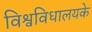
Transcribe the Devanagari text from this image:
विश्वविधालयके